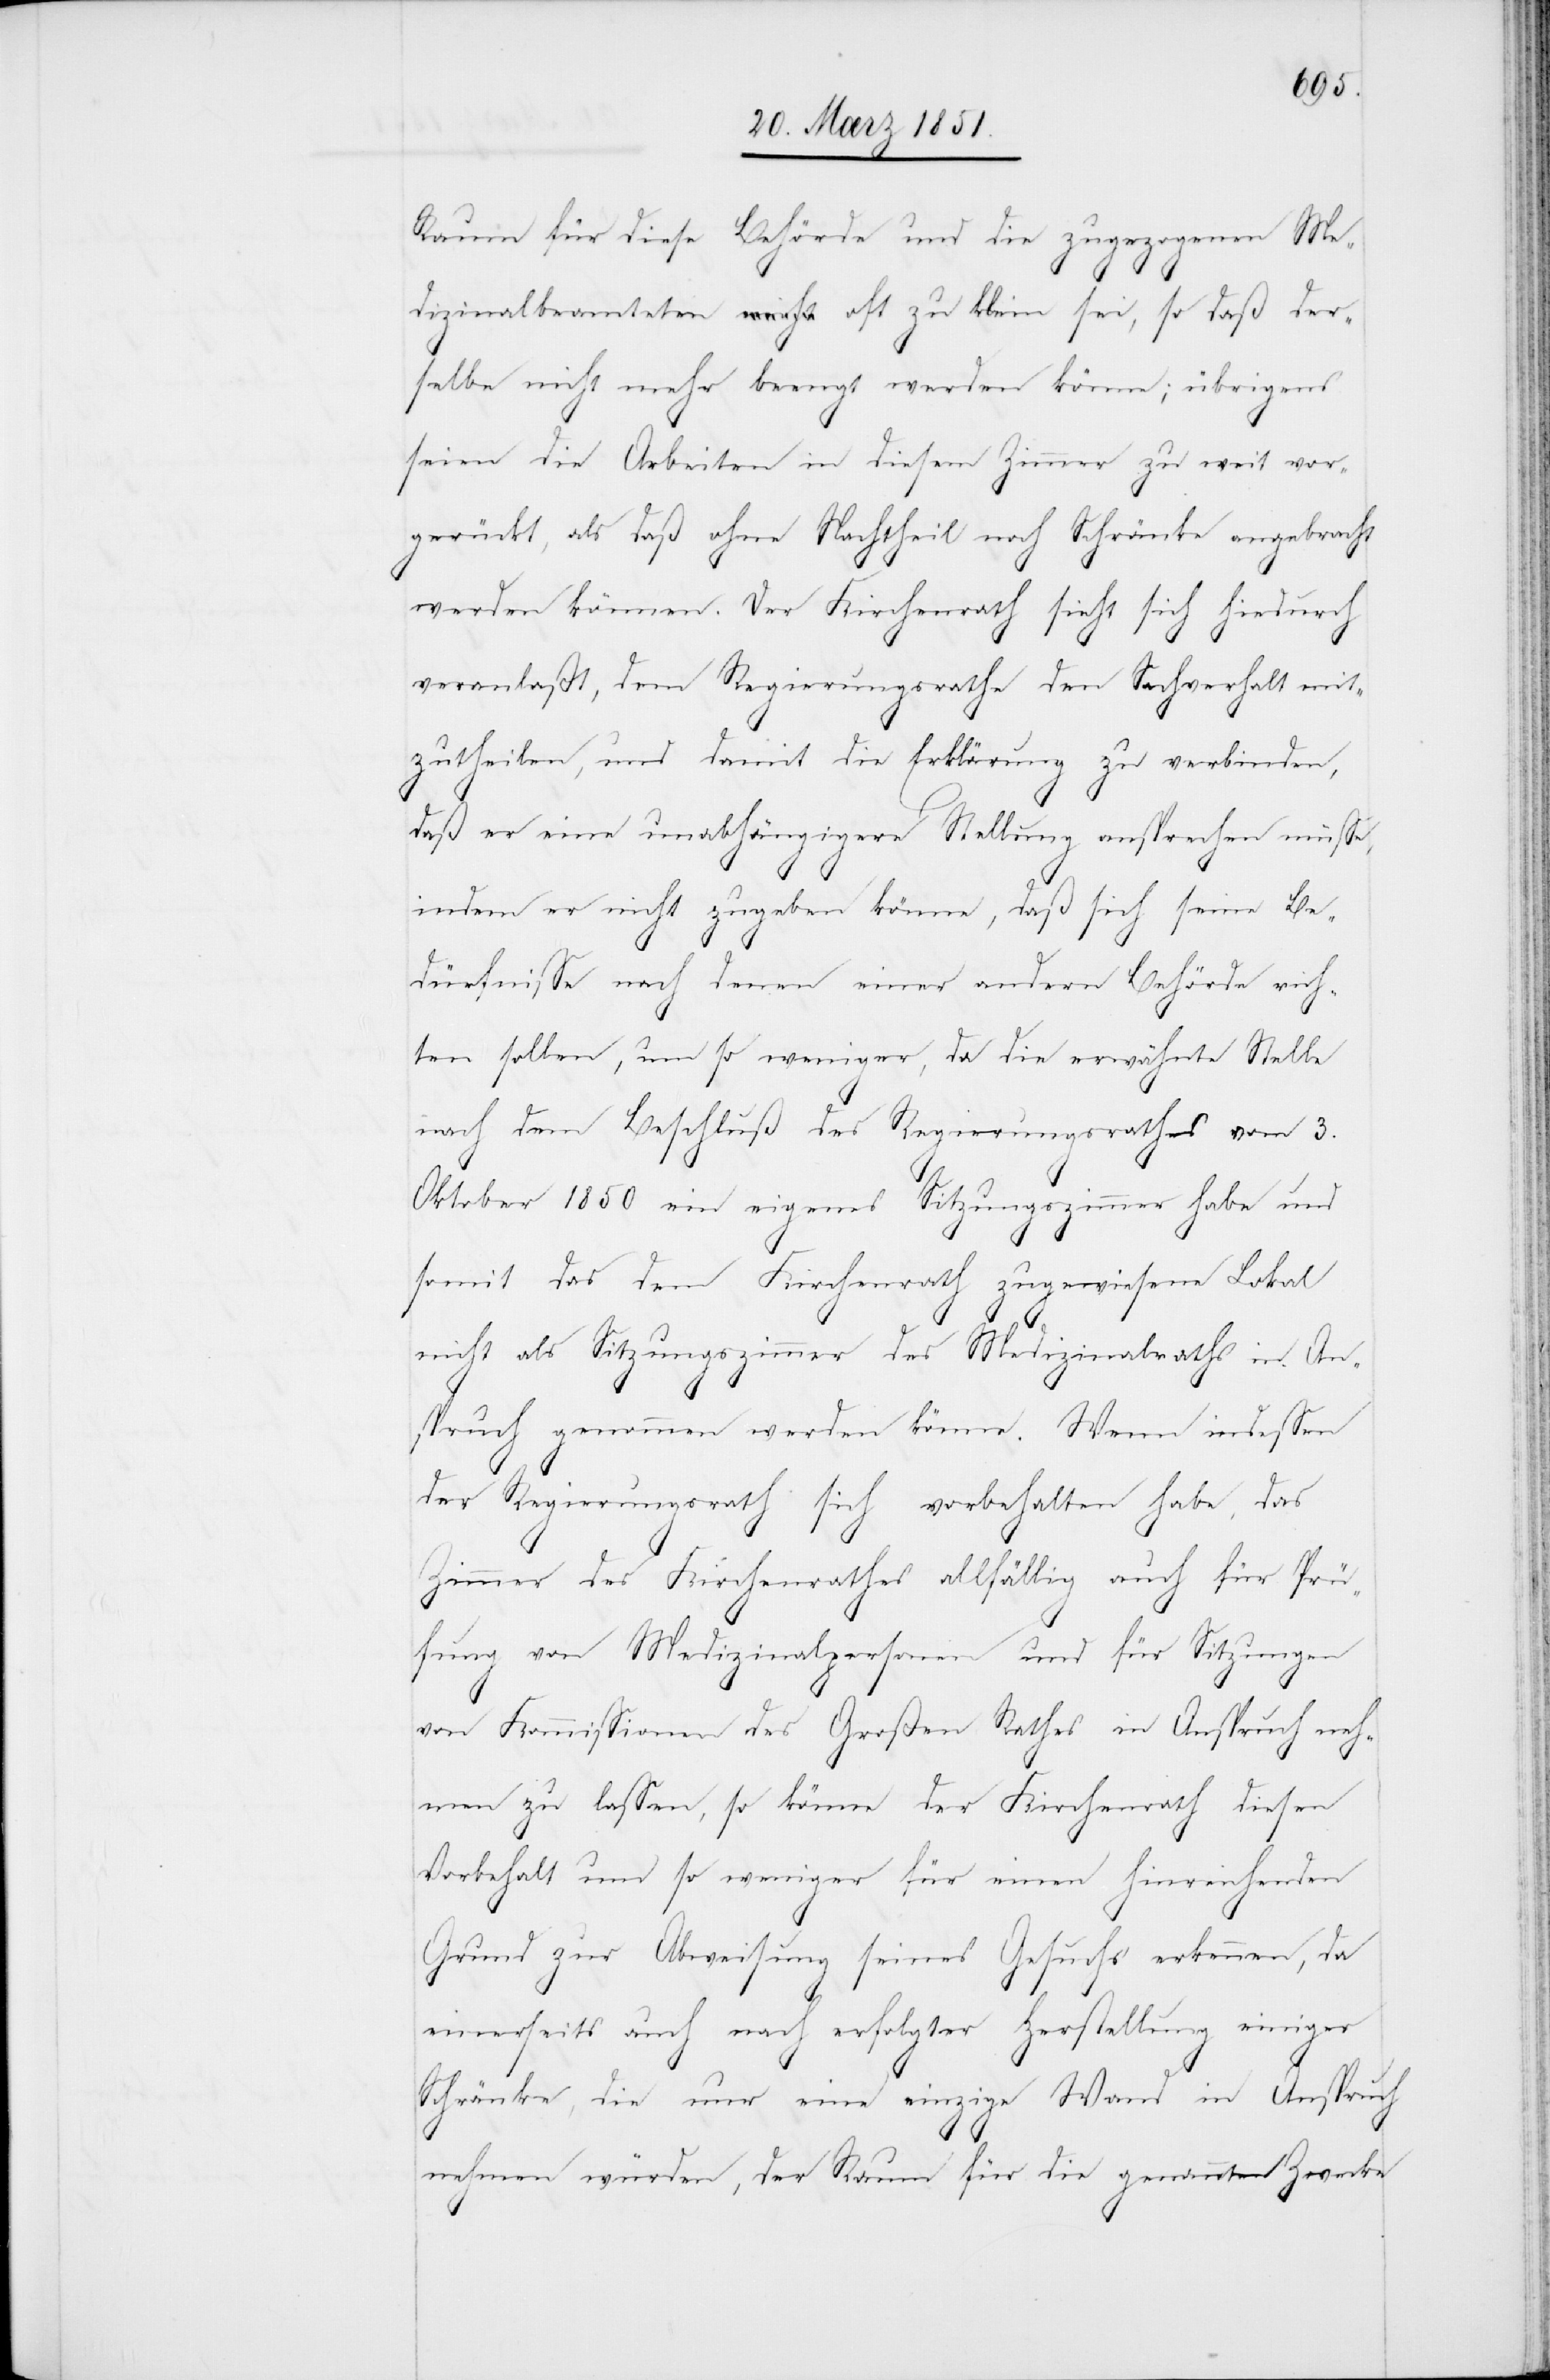
Raum für diese Behörde und die zugezogenen Me¬
dizinalbeamteten oft zu klein sei, so daß der¬
selbe nicht mehr beengt werden könne; übrigens
seien die Arbeiten in diesem Zimmer zu weit vor¬
gerückt, als daß ohne Nachtheil noch Schränke angebracht
werden können. Der Kirchenrath sieht sich hiedurch
veranlaßt, dem Regierungsrathe den Sachverhalt mit¬
zutheilen, und damit die Erklärung zu verbinden,
daß er eine unabhängigere Stellung ansprechen müsse,
indem er nicht zugeben könne, daß sich seine Be¬
dürfnisse nach denen einer andern Behörde rich¬
ten sollen, um so weniger, da die erwähnte Stelle
nach dem Beschluß des Regierungsrathes vom 3.
Oktober 1850 ein eigenes Sitzungszimmer habe und
somit das dem Kirchenrath zugewiesene Lokal
nicht als Sitzungszimmer des Medizinalraths in An¬
spruch genommen werden könne. Wenn indessen
der Regierungsrath sich vorbehalten habe, das
Zimmer des Kirchenrathes allfällig auch für Prü¬
fung von Medizinalpersonen und für Sitzungen
von Kommissionen des Großen Rathes in Anspruch neh¬
men zu lassen, so könne der Kirchenrath diesen
Vorbehalt um so weniger für einen hinreichenden
Grund zur Abweisung seines Gesuchs erkennen, da
einerseits auch nach erfolgter Herstellung einiger
Schränke, die nur eine einzige Wand in Anspruch
nehmen würden, der Raum für die genannten Zwecke